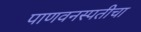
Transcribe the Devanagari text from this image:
पाणवनस्पतीचा